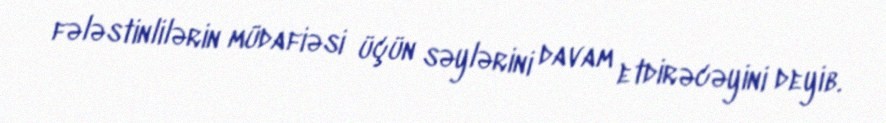
fələstinlilərin müdafiəsi üçün səylərini davam etdirəcəyini deyib.